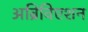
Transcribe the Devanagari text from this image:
अब्रिविएशन